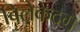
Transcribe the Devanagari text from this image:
बिलेकेदगे